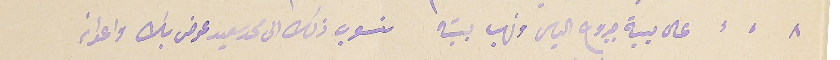
٨ على بية جروج الياس ونهب بيته منسوب ذلك الى محمد سعيد عوض بك واعوانه